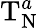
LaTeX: \mathrm{T}_{\mathrm{N}}^{a}